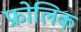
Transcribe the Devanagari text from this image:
फ्रोलिक